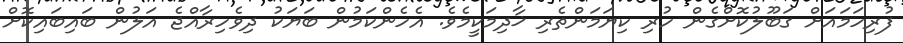
ފުރިހަމައަށް ގަބޫލުކޮށްގެން ހުރި ކިޔަމަންތެރި ޚާދިމަކީމެވެ. އެހެންކަމުން ބަޔަކު ދިވެހިރާއްޖެ އަލުން ބައިބައިކޮށް